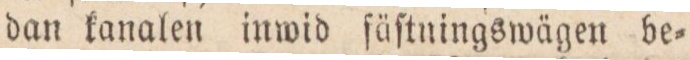
dan kanalen inwid ſäſtningswägen be=